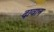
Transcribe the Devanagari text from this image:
दावान